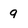
Character: 9